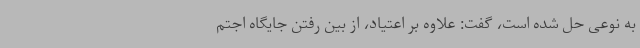
به نوعی حل شده است، گفت: علاوه بر اعتیاد، از بین رفتن جایگاه اجتم